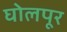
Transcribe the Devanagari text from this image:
घोलपूर